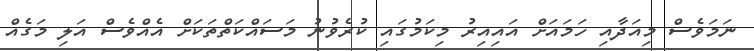
ނަމަވެސް މިއަދާއި ހަމައަށް އައިއިރު މިކަމުގައި ކުރެވުނު މަސައްކަތްތަކަށް އެއްވެސް އަލި މަގެއް